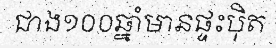
ជាង១០០ឆ្នាំមានផ្ទះប៉ិត